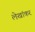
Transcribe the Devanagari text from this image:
लेखांकर